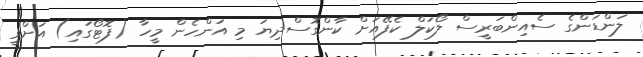
ލަންޑަންގެ ސެއިންބަރީސް ލޯކަލް ކެފޭއަށް ކާންގޮސްދިޔަ މި އަންހެން މީހާ (ފޮޓޯގައި) އަށްވީ